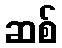
ဆစ်